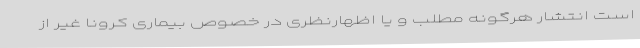
است انتشار هرگونه مطلب و یا اظهارنظری در خصوص بیماری کرونا غیر از